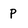
Character: P